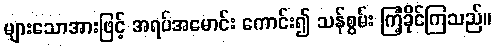
များသောအားဖြင့် အရပ်အမောင်း ကောင်း၍ သန်စွမ်း ကြံ့ခိုင်ကြသည်။